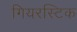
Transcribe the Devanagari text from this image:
गियरस्टिक